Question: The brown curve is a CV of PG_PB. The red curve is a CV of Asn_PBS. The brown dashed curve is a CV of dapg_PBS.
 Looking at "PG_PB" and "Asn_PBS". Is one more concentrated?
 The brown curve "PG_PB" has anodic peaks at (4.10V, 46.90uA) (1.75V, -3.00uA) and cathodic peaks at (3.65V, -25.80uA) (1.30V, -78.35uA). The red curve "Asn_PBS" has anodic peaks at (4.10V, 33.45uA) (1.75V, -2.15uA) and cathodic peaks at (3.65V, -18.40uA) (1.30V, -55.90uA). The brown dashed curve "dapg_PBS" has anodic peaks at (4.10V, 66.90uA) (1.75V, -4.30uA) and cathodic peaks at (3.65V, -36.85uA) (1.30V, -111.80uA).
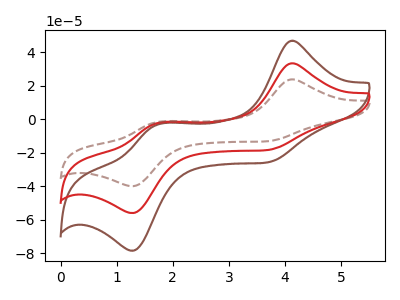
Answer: <think>All the peaks in "PG_PB" have a peak in "Asn_PBS" at the same potential.
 </think>
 <answer>I cant tell if "PG_PB" or "Asn_PBS" has higher concentration.</answer>
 <eval>mixed_concentration</eval>